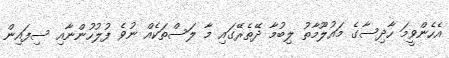
އެހެންވީމަ ހާދިސާގެ މައުލޫމާތު ލިބުމާ ދޭތެރޭގައި މާ ލަސްތަކެއް ނުވެ ފުލުހުންނާއި ސިފައިން